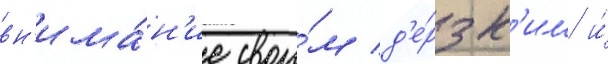
вн'има́н'ие свои́м д'е́рзк'им и́